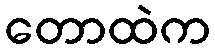
တောထဲက